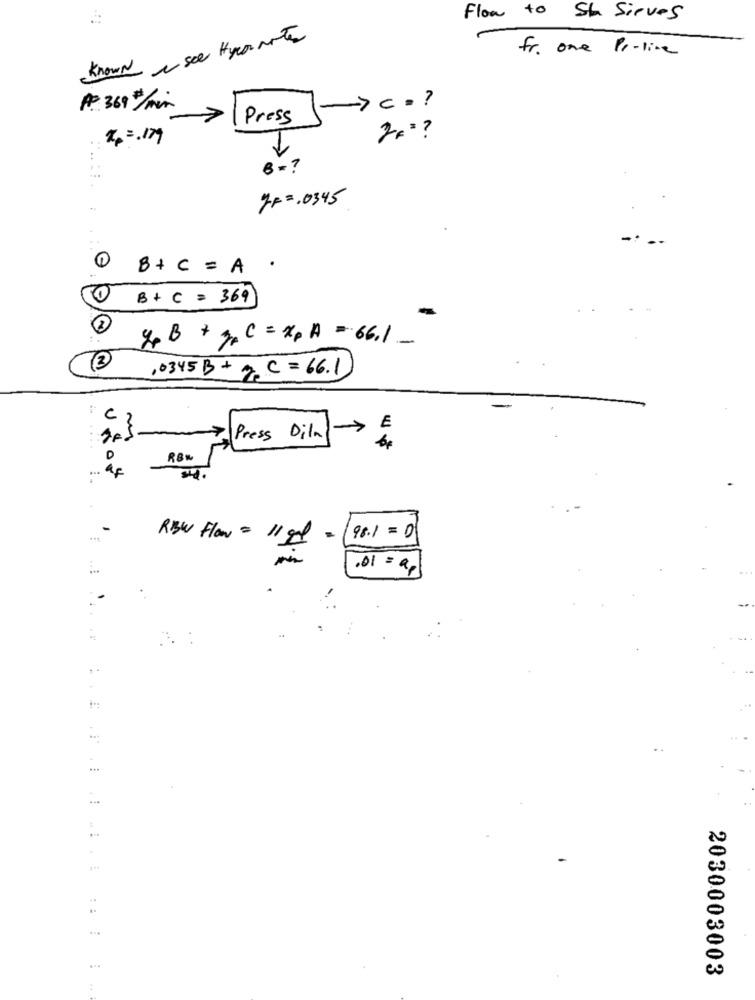
Flow to Sh Sirves
Known & see Hycomote
fr. one Pr-line
A369#/min
->c = ?
7
Press
2. =. 17
B = ?
y ==. 0345
C
B + C = A .
B + C = 369
& B + J. C =x, A = 66.1 _
,0345 B+ g. C = 66.1
C
Press Dila E
......
6.
D
RBW Flow = 11 gd
98.1 = 0
.01 = ap
..
.. :
...
..
2030003003